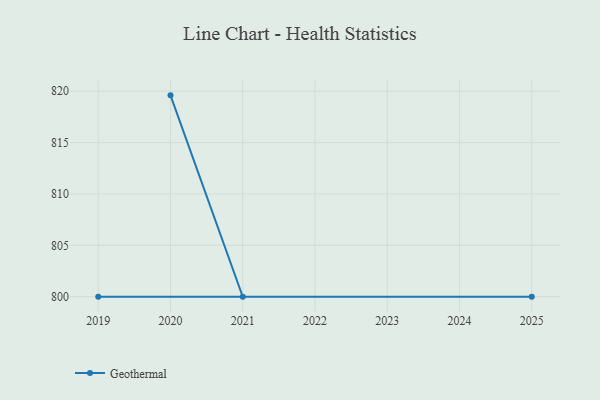
{"axis": {"x": "Year", "y": "Inventory Turnover"}, "legend": ["Geothermal"], "data": [{"x": "2020", "y": 819.6, "type": "Geothermal"}, {"x": "2021", "y": 800, "type": "Geothermal"}, {"x": "2019", "y": 800, "type": "Geothermal"}, {"x": "2025", "y": 800, "type": "Geothermal"}]}